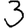
Digit: 3